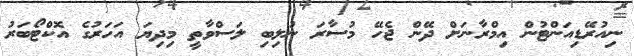
ނިއުރޭޑިއަންޓުން އިމްރާނަށް ދޭން ޖެހޭ މުސާރަ ނުލިބި ލަސްވާތީ މިދިޔަ އަހަރުގެ އޮކްޓޯބަރު